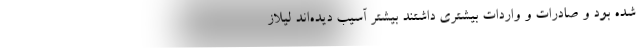
شده بود و صادرات و واردات بیشتری داشتند بیشتر آسیب دیده‌اند لیلاز